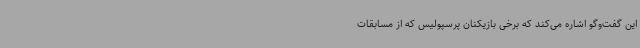
این گفت‌وگو اشاره می‌کند که برخی بازیکنان پرسپولیس که از مسابقات